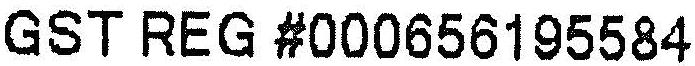
GST REG #000656195584